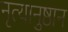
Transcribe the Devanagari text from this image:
नृत्यानुष्ठान